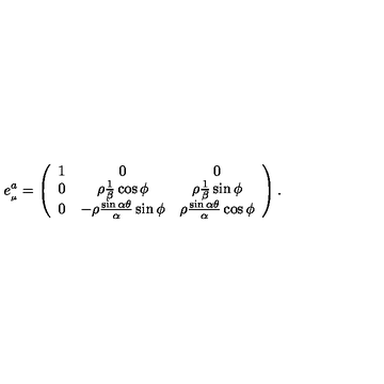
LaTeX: e _ { _ { \mu } } ^ { a } = \left( \begin{array} { c c c } { 1 } & { 0 } & { 0 } \\ { 0 } & { \rho \frac { 1 } { \beta } \cos \phi } & { \rho \frac { 1 } { \beta } \sin \phi } \\ { 0 } & { - \rho \frac { \sin \alpha \theta } { \alpha } \sin \phi } & { \rho \frac { \sin \alpha \theta } { \alpha } \cos \phi } \\ \end{array} \right) .